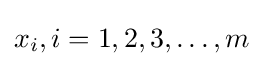
x_{i},i=1,2,3,\ldots ,m